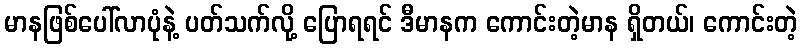
မာနဖြစ်ပေါ်လာပုံနဲ့ ပတ်သက်လို့ ပြောရရင် ဒီမာနက ကောင်းတဲ့မာန ရှိတယ်၊ ကောင်းတဲ့